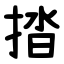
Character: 㧺